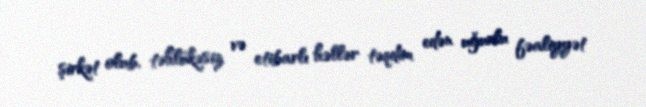
şirkət olub, təhlükəsiz və etibarlı həllər təqdim edən uğurlu fəaliyyət